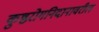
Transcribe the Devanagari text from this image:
कुष्ठरोगनिदानावरील